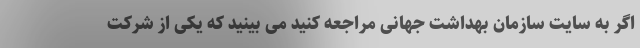
اگر به سایت سازمان بهداشت جهانی مراجعه کنید می بینید که یکی از شرکت